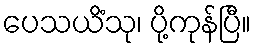
ပေသယိံသု၊ ပို့ကုန်ပြီ။